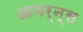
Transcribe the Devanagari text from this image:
आयर्न्स